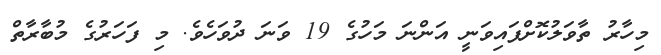
މިހާރު ތާވަލުކޮށްފައިވަނީ އަންނަ މަހުގެ 19 ވަނަ ދުވަހެވެ. މި ފަހަރުގެ މުބާރާތް